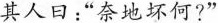
其人日：”奈地坏何?”